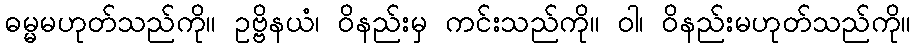
ဓမ္မမဟုတ်သည်ကို။ ဥဗ္ဗိနယံ၊ ဝိနည်းမှ ကင်းသည်ကို။ ဝါ၊ ဝိနည်းမဟုတ်သည်ကို။